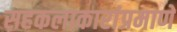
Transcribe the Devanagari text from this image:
सहकलाकारांप्रमाणे